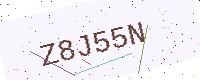
Text: Z8J55N